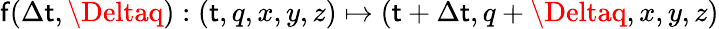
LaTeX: \mathsf{f}(\Delta\mathsf{t},\Deltaq):(\mathsf{t},q,x,y,z)\mapsto(\mathsf{t}+\Delta\mathsf{t},q+\Deltaq,x,y,z)